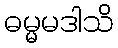
ဓမ္မမဒါသိ